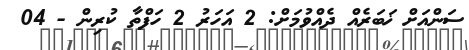
ސަންއަށް ޚަބަރެއް ދެއްވުމަށް: 2 އަހަރު 2 ހަފްތާ ކުރިން - 04